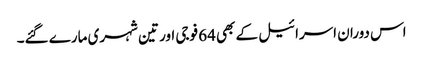
اس دوران اسرائیل کے بھی 64 فوجی اور تین شہری مارے گئے۔